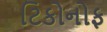
ટિકોનોફ